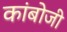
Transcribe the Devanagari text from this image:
कांबोजी